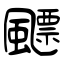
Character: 飃